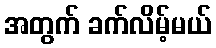
အတွက် ခက်လိမ့်မယ်